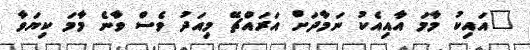
"އައިކު މާމަ އާއިއެކު ނަމާދަށް އަރައްޗޭ މިއަދު ވެސް ވާނެ މާމަ ކިޔަވާ